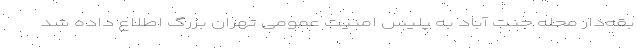
بقه‌دار محله جنت آباد به پلیس امنیت عمومی تهران بزرگ اطلاع داده شد